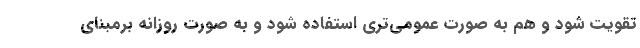
تقویت شود و هم به صورت عمومی‌تری استفاده شود و به صورت روزانه برمبنای